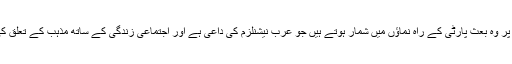
اور سیاسی طور پر وہ بعث پارٹی کے راہ نماؤں میں شمار ہوتے ہیں جو عرب نیشنلزم کی داعی ہے اور اجتماعی زندگی کے ساتھ مذہب کے تعلق کی نفی کرتی ہے۔